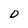
Character: D